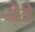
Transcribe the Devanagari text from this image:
ये्ते